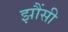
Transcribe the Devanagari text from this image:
झौंसी